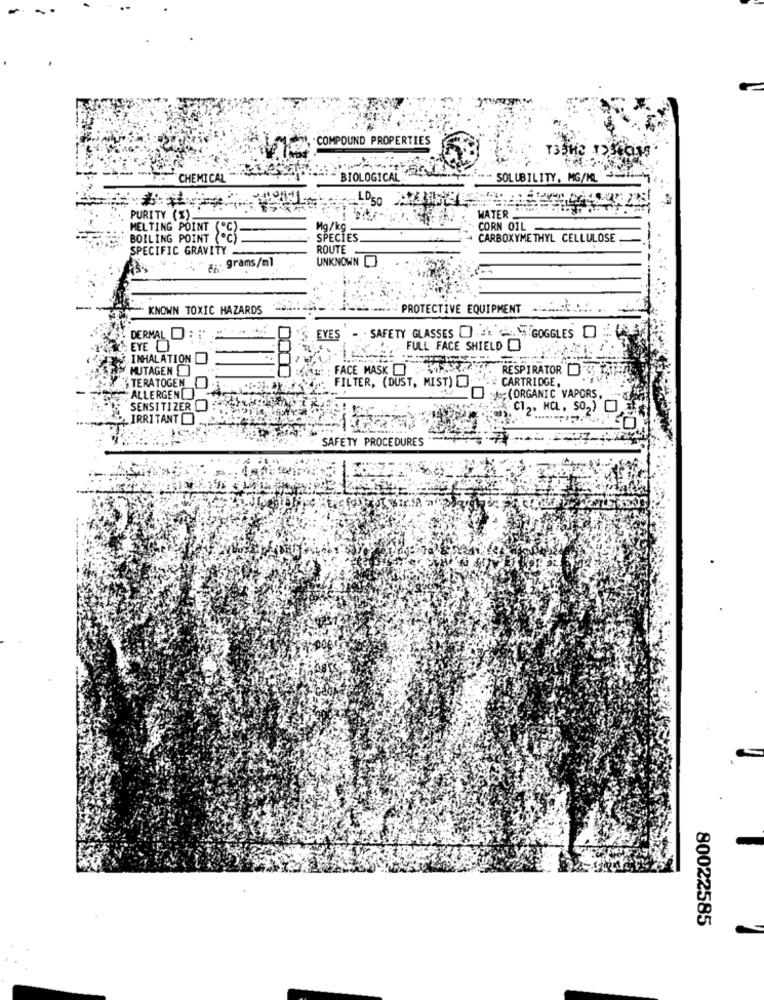
COMPOUND PROPERTIES
T35H2
125
CHEMICAL
BIOLOGICAL
SOLUBILITY, MG/ML
LOGO
PURITY (%).
WATER.
MELTING POINT (C)
Mg/kg .
CORN OIL
BOILING POINT (C
SPECIES
CARBOXYMETHYL CELLULOSE
SPECIFIC GRAVITY
ROUTE
8: : grams/ml
UNKNOWN
KNOWN TOXIC HAZARDS
PROTECTIVE EQUIPMENT ........ ..
DERMAL DET
EYES
SAFETY GLASSES 4L . & GOGGLES O
EYE O
FULL FACE SHIELD O
INHALATION
MUTAGEN
FACE MASK OF51972
FILTER, (DUST, MIST) .
CARTRIDGE,
RESPIRATOR DO
TERATOGEN
ALLERGEN
O :(ORGANIC VAPORS,
SENSITIZERO
CI ,, HOL, SO,)
IRRITANT
SAFETY PROCEDURES
80022585